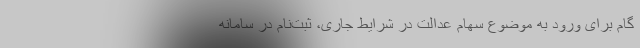
گام برای ورود به موضوع سهام عدالت در شرایط جاری، ثبت‌نام در سامانه